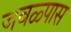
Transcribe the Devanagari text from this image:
जवळ्पास